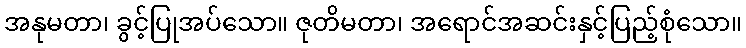
အနုမတာ၊ ခွင့်ပြုအပ်သော။ ဇုတိမတာ၊ အရောင်အဆင်းနှင့်ပြည့်စုံသော။